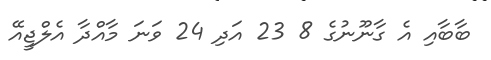
ބާބާއި އެ ގާނޫނުގެ 8 23 އަދި 24 ވަނަ މާއްދާ އެލްޖީއޭ